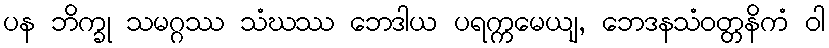
ပန ဘိက္ခု သမဂ္ဂဿ သံဃဿ ဘေဒါယ ပရက္ကမေယျ, ဘေဒနသံဝတ္တနိကံ ဝါ